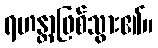
ရဟန္တာဖြစ်သွား၏။